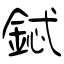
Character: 鋱